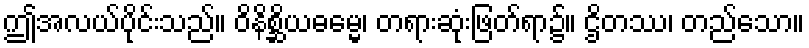
ဤအလယ်ပိုင်းသည်။ ဝိနိစ္ဆိယဓမ္မေ၊ တရားဆုံးဖြတ်ရာ၌။ ဌိတဿ၊ တည်သော။